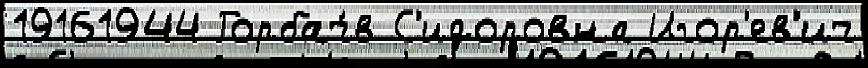
19161944 Горбач́в С'идоровна Игор'ев'ич